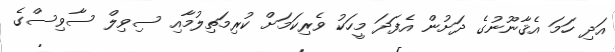
އަދި ހަމަ އެޤާނޫނުގެ ދަށުން އެފަދަ މީހަކު ވެރިކަމަށް ކުރިމަތިލުމާއި ސިވިލް ސާވިސްގެ